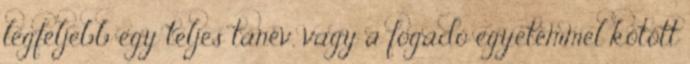
legfeljebb egy teljes tanév, vagy a fogadó egyetemmel kötött